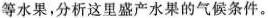
等水果，分析这里盛产水果的气候条件。